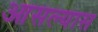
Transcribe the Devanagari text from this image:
आसल्यास